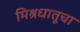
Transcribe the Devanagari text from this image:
मिश्रधातूचा